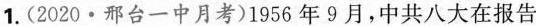
1.(2020 · 邢台一中月考)1956年9月，中共八大在报告